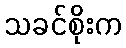
သခင်စိုးက